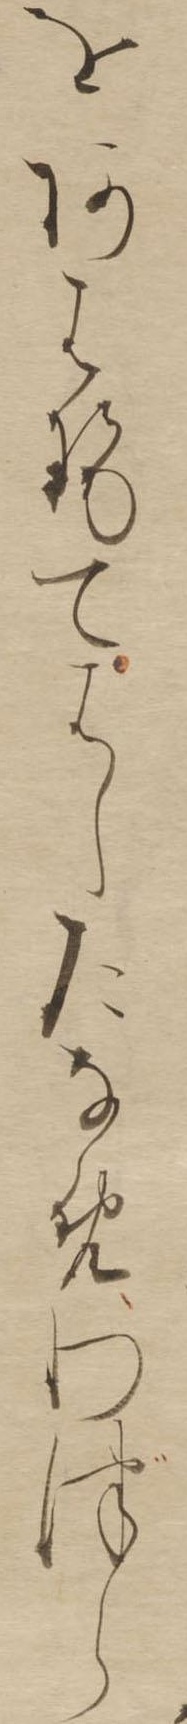
をあはせてはしたなめわづら